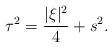
LaTeX: \begin{align*}\tau^{2}=\frac{\lvert\xi\rvert^{2}}{4}+s^{2}.\end{align*}